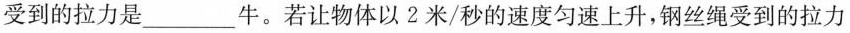
受到的拉力是___牛。若让物体以 2 米/秒的速度匀速上升，钢丝绳受到的拉力